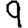
Digit: 9